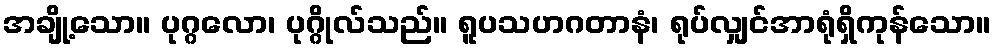
အချို့သော။ ပုဂ္ဂလော၊ ပုဂ္ဂိုလ်သည်။ ရူပသဟဂတာနံ၊ ရုပ်လျှင်အာရုံရှိကုန်သော။